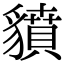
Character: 𧴍